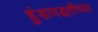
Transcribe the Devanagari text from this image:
हुंडापद्धतीच्या